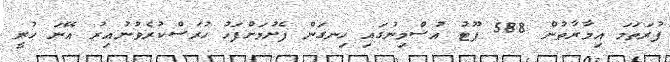
ފުރަތަމަ އިމާރާތުން 588 ފޫޓު އުސްމިނުގައި ހިނގަން ފެށުމަށްފަހު ހުރަސްކުރެވުނުއިރު އޭނަ ހުރީ